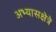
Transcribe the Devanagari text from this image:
अभ्यासक्षेत्रे